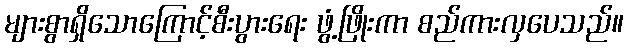
များစွာရှိသောကြောင့်စီးပွားရေး ဖွံ့ဖြိုးကာ စည်ကားလှပေသည်။